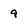
Character: 9